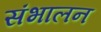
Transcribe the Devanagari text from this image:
संभालन